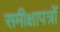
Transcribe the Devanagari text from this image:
समीक्षापत्रों